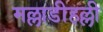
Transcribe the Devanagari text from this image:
मल्लाडीहल्ली